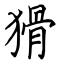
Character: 猾